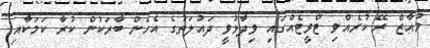
މުއާޒް ރޭ ކުރެއްވި ޓްވީޓެއްގައި ވިދާޅުވީ ދައުލަތުގެ އެހެން ބާރަކުން ކުރާ ކަމަކާއި